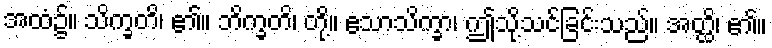
အထံ၌။ သိက္ခတိ၊ ၏။ ဘိက္ခတိ၊ တို့။ ဧသာသိက္ခာ၊ ဤသို့သင်ခြင်းသည်။ အတ္ထိ၊ ၏။